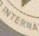
INTERA